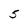
Character: 5